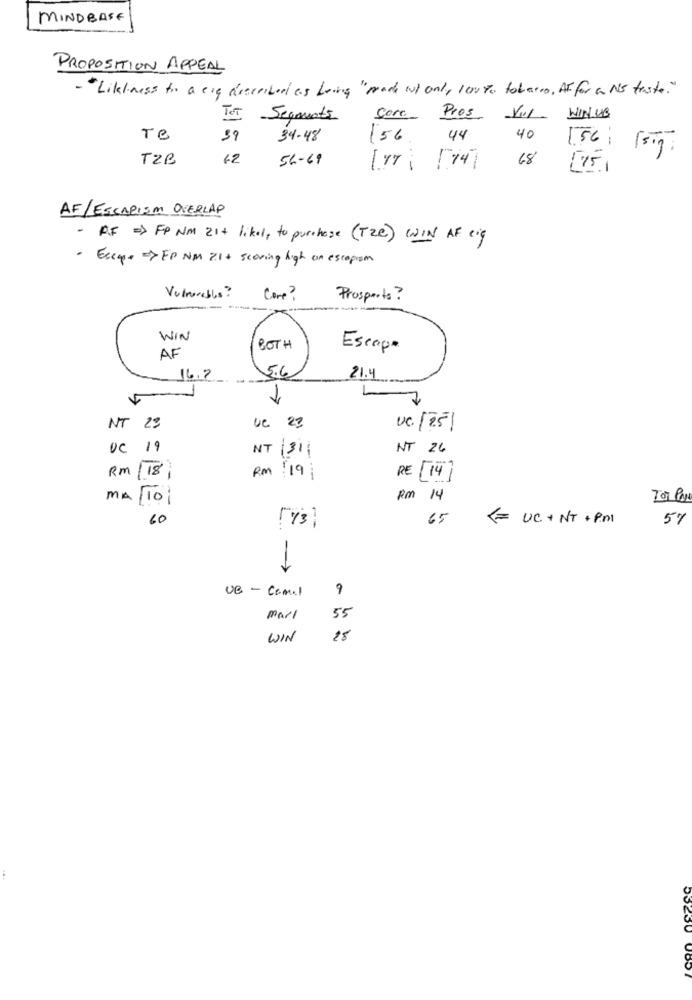
MINDBASE
PROPOSITION APPEAL
- "Likliness to a eig described as Leing" made It only 100 To tobacco, AIfor a NS triste. "
TOT Segments
Core Pros VIII WINUB
Te
39
34-48
156 44
40
T2B
62
56-69
1.56; 1sig.
18 [15 ]
AF/ESCAPISM OVERLAP
- AF => FP NM 21+ likel, to purchase (Tze) WIN AF eig
· Escape > FP NM 21 + scoring high on escapism
Vulnerables ?
Come?
Prosports?
----
WIN
BOTH
Escape
AF
16.7
5.6
21.4
7
NT 23
ue 23
Uc. [25]
19
NT 311
NT 26
RM
[18:
RM 19
RE [14]
MA/10/
Rm 14
Tor Pave
60
[ 3]
65
= UC + NT + PM
5%
->
UB - Camel
9
marl
55
WIN
28
53230 0807